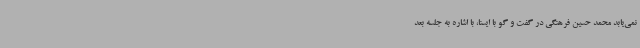
نمی‌یابد محمد حسین فرهنگی در گفت و گو با ایسنا، با اشاره به جلسه بعد